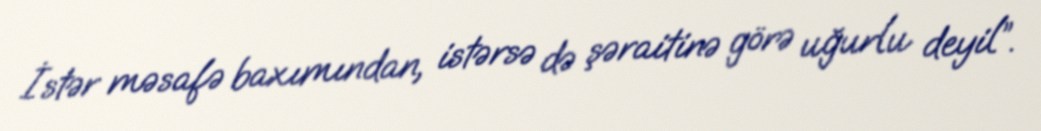
İstər məsafə baxımından, istərsə də şəraitinə görə uğurlu deyil”.